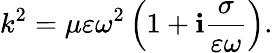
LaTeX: k^{2}=\mu\varepsilon\omega^{2}\left(1+\mathbf{i}\frac{{\sigma}}{{\varepsilon\omega}}\right).